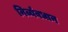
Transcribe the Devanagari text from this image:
निर्व्यवधान